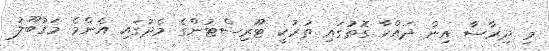
މި ދިރާސާ އިން ދައްކާ ގޮތުގައި ތުރުކީ ޓޫރިސްޓުންގެ މެދުގައި އެންމެ މަގުބޫލު